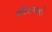
ગૌતમનો